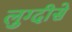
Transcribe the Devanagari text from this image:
लुग्दीसे